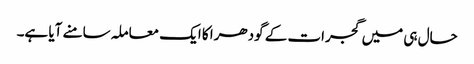
حال ہی میں گجرات کے گودھرا کا ایک معاملہ سامنے آیا ہے۔